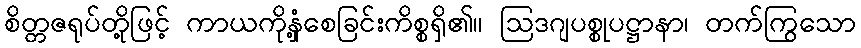
စိတ္တဇရုပ်တို့ဖြင့် ကာယကိုနှံ့စေခြင်းကိစ္စရှိ၏။ ဩဒဂျပစ္စုပဋ္ဌာနာ၊ တက်ကြွသော